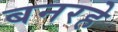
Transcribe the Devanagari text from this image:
बनरहे